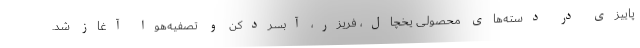
پاییزی در دسته‌های محصولی یخچال، فریزر، آبسردکن و تصفیه‌هوا آغاز شد.